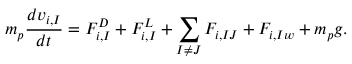
m _ { p } \frac { d v _ { i , I } } { d t } = F _ { i , I } ^ { D } + F _ { i , I } ^ { L } + \sum _ { I \neq J } ^ { } F _ { i , I J } + F _ { i , I w } + m _ { p } g .